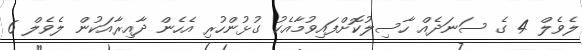
ލެވެލް 4 ގެ ސަނަދެއް ހާސިލުކޮށްފައިވުމާއެކު ގުޅުންހުރި އެހެން ދާއިރާއަކުން ލެވެލް 6